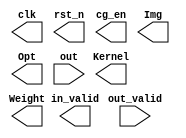
//############################################################################
//++++++++++++++++++++++++++++++++++++++++++++++++++++++++++++++++++++++++++++
//   (C) Copyright Laboratory System Integration and Silicon Implementation
//   All Right Reserved
//++++++++++++++++++++++++++++++++++++++++++++++++++++++++++++++++++++++++++++
//
//   ICLAB 2023 Fall
//   Lab04 Exercise		: Siamese Neural Network
//
//++++++++++++++++++++++++++++++++++++++++++++++++++++++++++++++++++++++++++++
//
//   Module Name : PATTERN
//   Release version : V1.0 (Release Date: 2023-09)
//
//++++++++++++++++++++++++++++++++++++++++++++++++++++++++++++++++++++++++++++
//############################################################################

`define CYCLE_TIME      50.0
`define SEED_NUMBER     28825252
`define PATTERN_NUMBER 100

module PATTERN(
    //Output Port
    clk,
    rst_n,
	cg_en,
    in_valid,
    Img,
    Kernel,
	Weight,
    Opt,
    //Input Port
    out_valid,
    out
    );

//---------------------------------------------------------------------
//   PORT DECLARATION          
//---------------------------------------------------------------------
output          clk, rst_n, in_valid;
output          cg_en;
output  [31:0]  Img;
output  [31:0]  Kernel;
output  [31:0]  Weight;
output  [ 1:0]  Opt;
input           out_valid;
input   [31:0]  out;

//---------------------------------------------------------------------
//   PARAMETER & INTEGER DECLARATION
//---------------------------------------------------------------------

parameter inst_sig_width = 23;
parameter inst_exp_width = 8;
parameter inst_ieee_compliance = 0;
parameter inst_arch_type = 0;
parameter inst_arch = 0;



endmodule